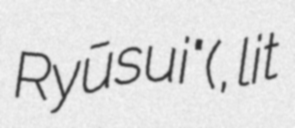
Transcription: Ryūsui" (落花流水, lit